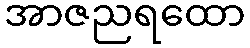
အာဇညရထော